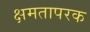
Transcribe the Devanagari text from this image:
क्षमतापरक